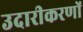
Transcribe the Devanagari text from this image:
उदारीकरणों